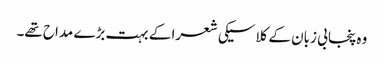
وہ پنجابی زبان کے کلاسیکی شعرا کے بہت بڑے مداح تھے۔